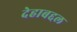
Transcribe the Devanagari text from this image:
देहाबद्दल